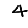
Digit: 4